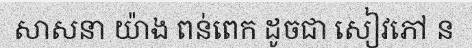
សាសនា យ៉ាង ពន់ពេក ដូចជា សៀវភៅ ន